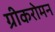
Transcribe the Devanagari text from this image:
ग्रीकरोमन